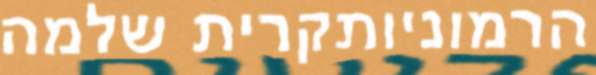
הרמוניותקרית שלמה